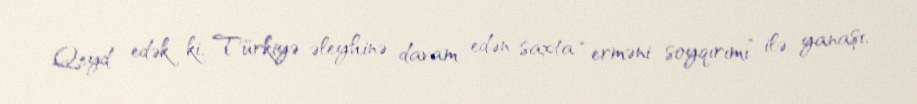
Qeyd edək ki, Türkiyə əleyhinə davam edən saxta “erməni soyqırımı” ilə yanaşı,